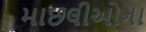
માછલીઓના